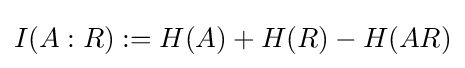
I(A:R):=H(A)+H(R)-H(AR)